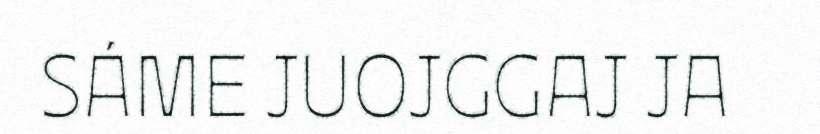
SÁME JUOJGGAJ JA